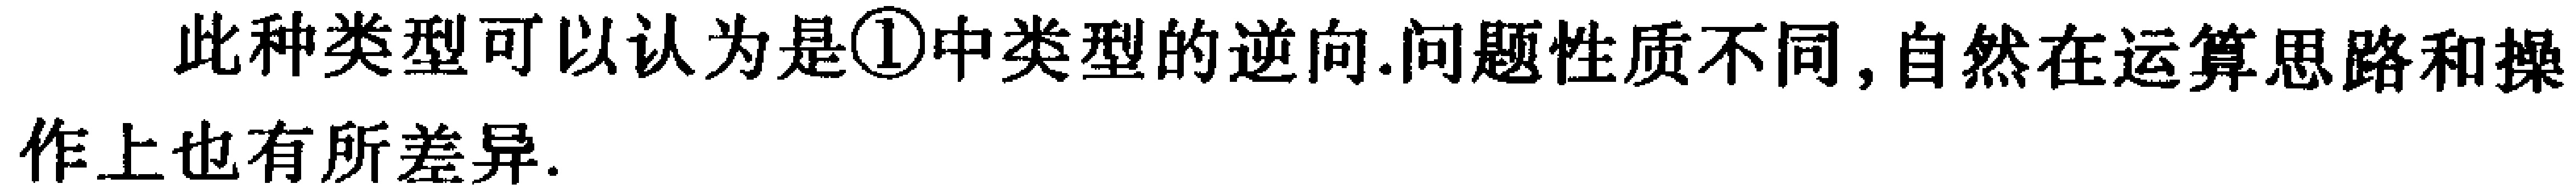
此种类型可以认为是\textcircled{1}中类型的逆向.问题性质不同, 自然在运算思路和操作上也有所差异.